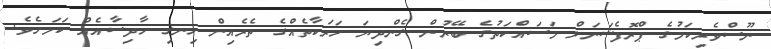
ނޫސްވެރިކަމުގެ ޕްރޮފެޝަނަލް މަސައްކަތުގެ ބޭރުން ގެންދިޔަ ހަރަކާތެއްގެ ތެރެއިން ހިނގި ހާދިސާއެއް ކަމަށެވެ.